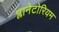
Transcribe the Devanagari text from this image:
प्लानेटोरियम